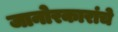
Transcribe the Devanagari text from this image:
जानोरकारांचे